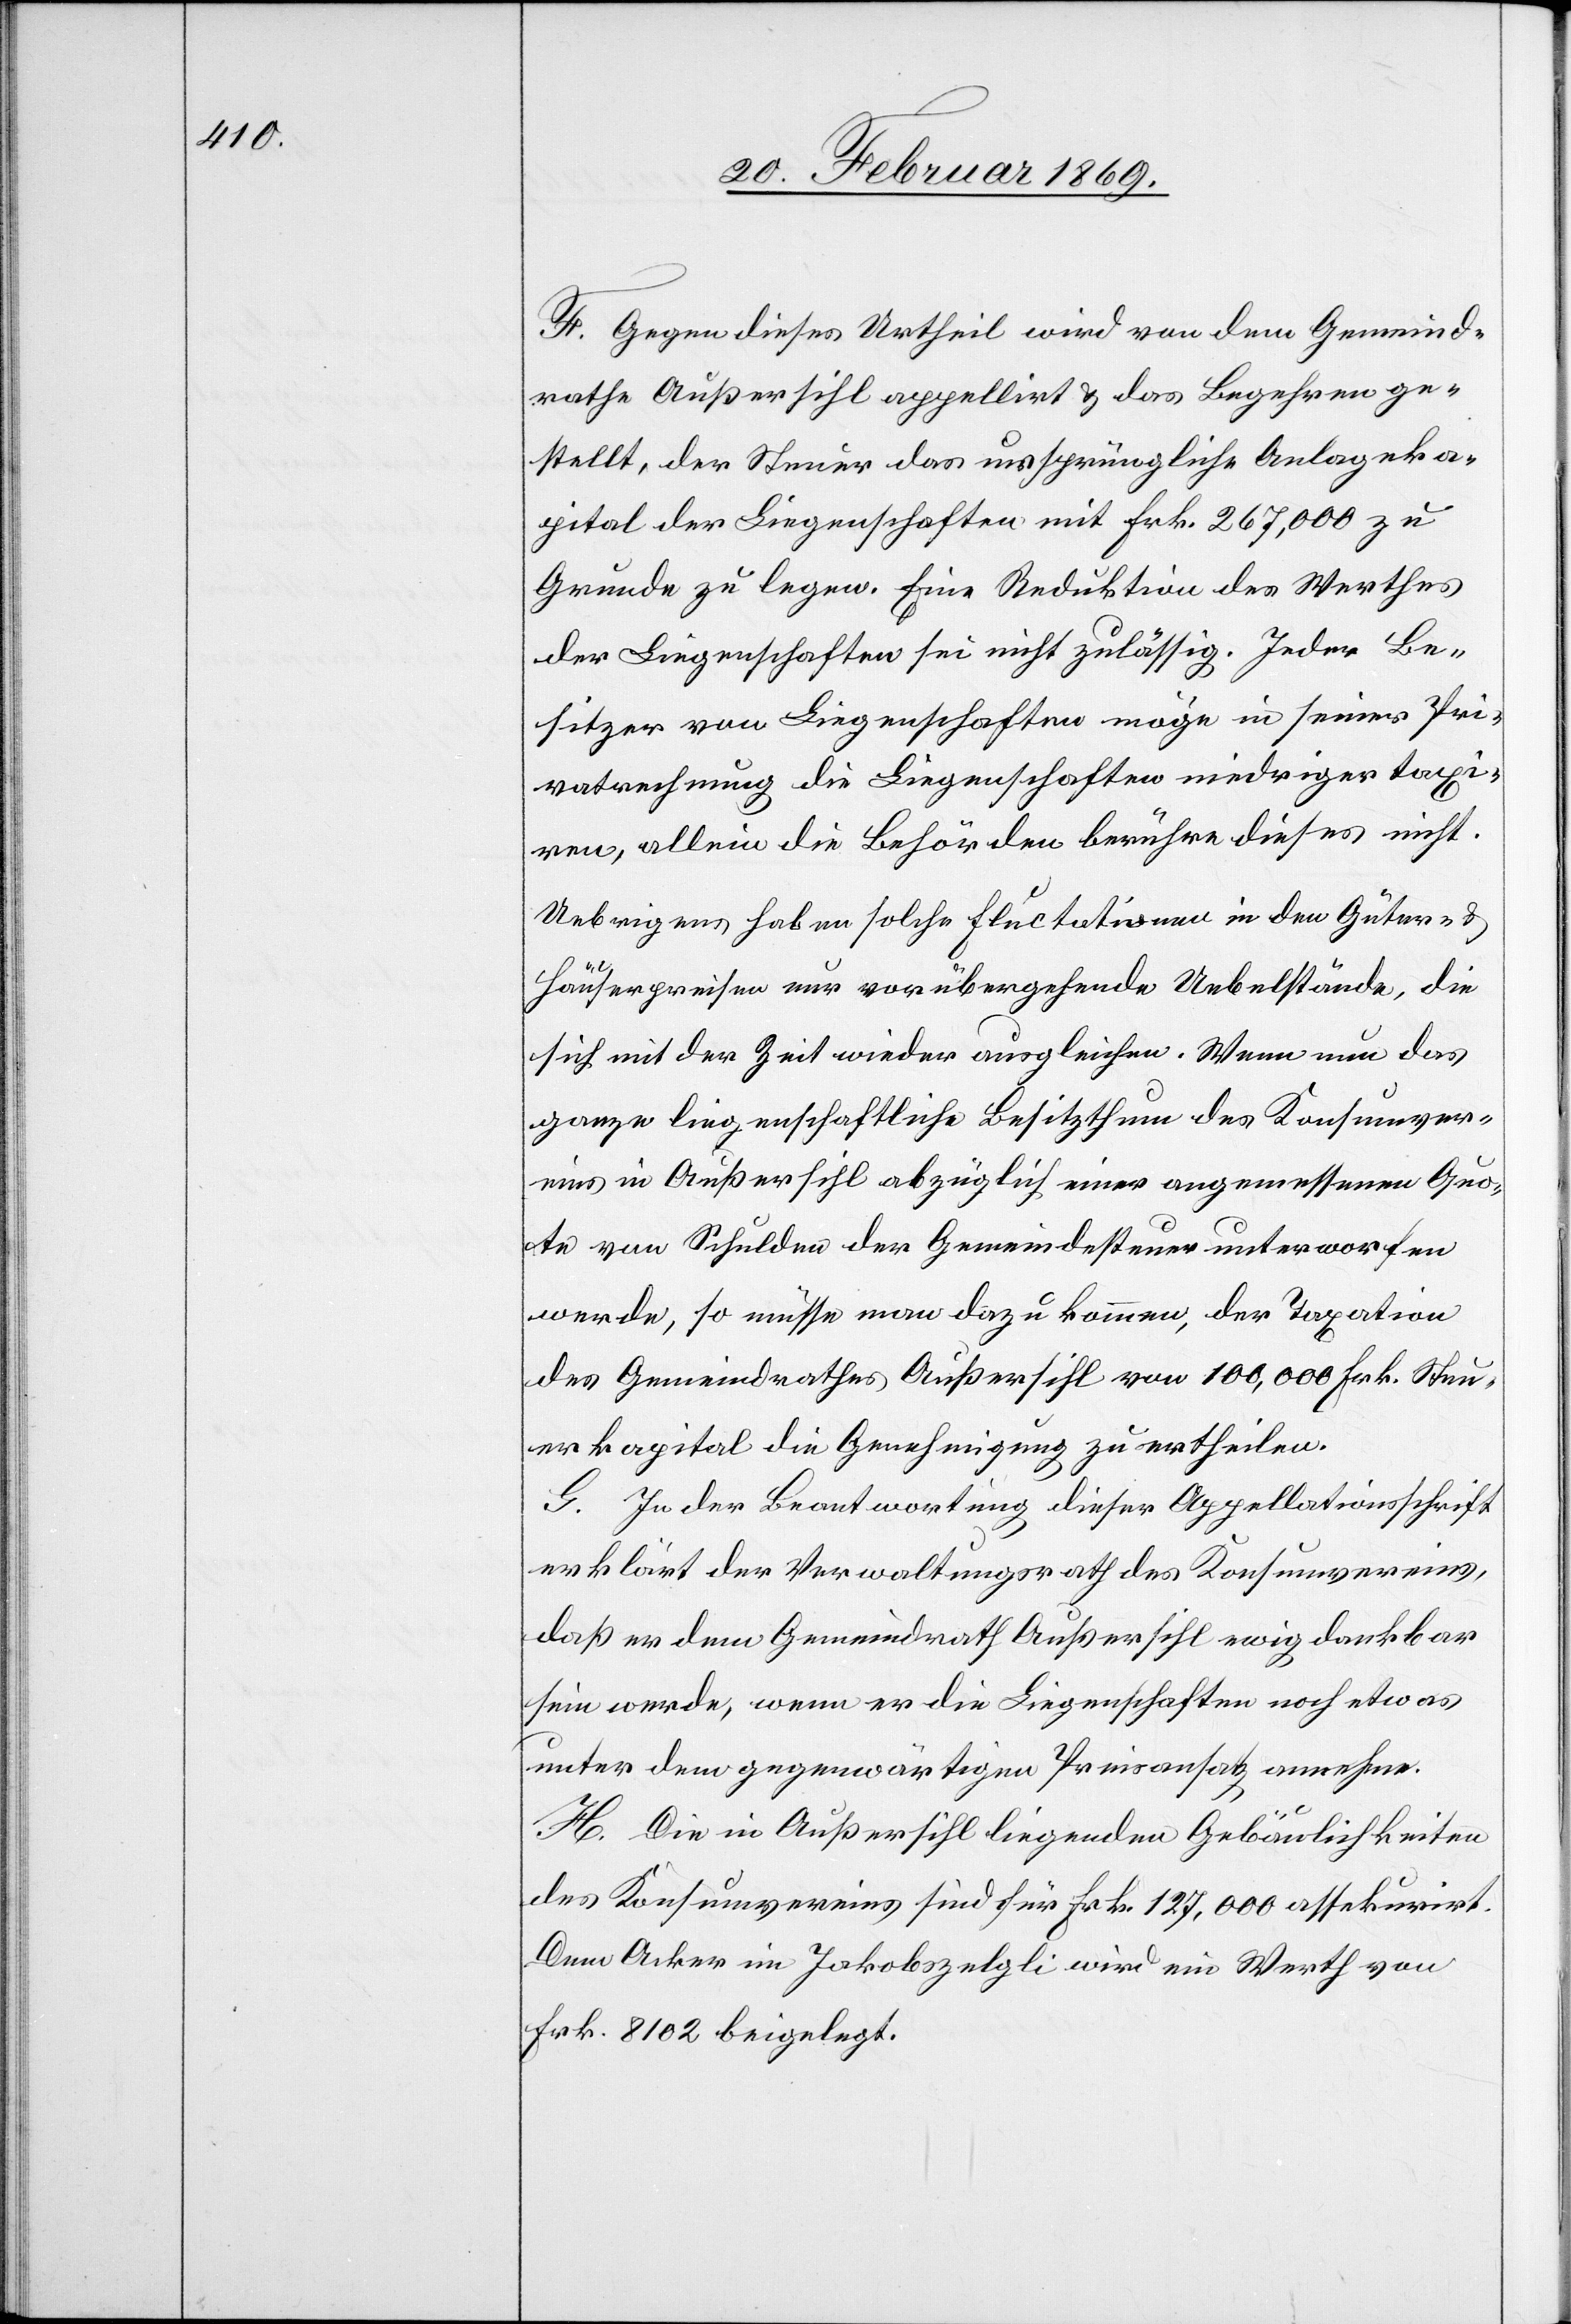
F. Gegen dieses Urtheil wird von dem Gemeind¬
rathe Außersihl appellirt & das Begehren ge¬
stellt, der Steuer das ursprüngliche Anlageka¬
pital der Liegenschaften mit Frk. 267,000 zu
Grunde zu legen. Eine Reduktion des Werthes
der Liegenschaften sei nicht zulässig. Jeder Be¬
sitzer von Liegenschaften möge in seiner Pri¬
vatrechnung die Liegenschaften niedriger taxi¬
ren, allein die Behörden berühre dieses nicht.
Uebrigens haben solche Fluctationen in den Güter- u.
Häuserpreisen nur vorübergehende Uebelstände, die
sich mit der Zeit wieder ausgleichen. Wenn nun das
ganze liegenschaftliche Besitzthum des Konsumver¬
eins in Außersihl abzüglich einer angemessenen Quo¬
te von Schulden der Gemeindesteuer unterworfen
werde, so müsse man dazu kommen, der Taxation
des Gemeindrathes Außersihl von 100,000 Frk. Steu¬
erkapital die Genehmigung zu ertheilen.
G. In der Beantwortung dieser Appelllationsschrift
erklärt der Verwaltungsrathe des Konsumvereins,
daß er dem Gemeindrath Außersihl ewig dankbar
sein werde, wenn er die Liegenschaften noch etwas
unter dem gegenwärtigen Preisansatz annehme.
H. Die in Außersihl liegenden Gebäulichkeiten
des Konsumvereins sind für Frk. 127,000 assekurirt.
Dem Acker im Jakobszelgli wird ein Werth von
Frk. 8102 beigelegt.